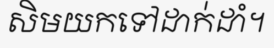
សិមយកទៅដាក់ដាំ។